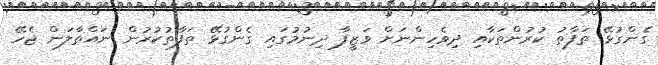
ގެންގުޅޭ ތަފާތު ކުރުންތަކާއި ދިވެހިންނަށް ވަޒީފާ ދިނުމުގައި ގެންގުޅޭ ތަފާތުކުރުން ނައްތާލަން ޖެހޭ